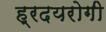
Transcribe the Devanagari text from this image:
ह्रदयरोगी